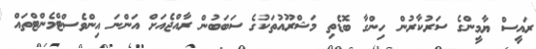
ރައީސް ޔާމީންގެ ސަރުކާރުން ހިންގާ ބޮޑެތި މަޝްރޫއުތަކުގެ ސަބަބުން ރާއްޖެއަށް އަންނަ އިންވެސްޓްމެންޓްތައް